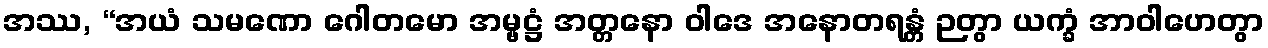
အဿ, “အယံ သမဏော ဂေါတမော အမ္ဗဋ္ဌံ အတ္တနော ဝါဒေ အနောတရန္တံ ဉတွာ ယက္ခံ အာဝါဟေတွာ